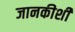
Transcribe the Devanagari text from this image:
जानकीशी